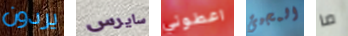
يردون سايرس اعطوني المجيئ ما